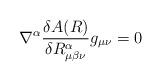
LaTeX: \begin{align*}\nabla^{\alpha}\frac{\delta A(R)}{\delta R^{\alpha}_{\mu\beta\nu}}g_{\mu\nu} = 0\end{align*}